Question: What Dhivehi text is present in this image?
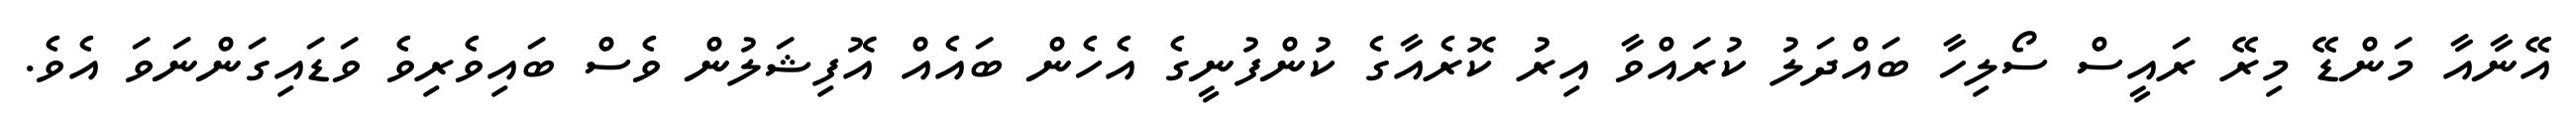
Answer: އޭނާއާ މަންޑޭ މިރޭ ރައީސް ސޯލިހާ ބައްދަލު ކުރައްވާ އިރު ކޮރެއާގެ ކުންފުނީގެ އެހެން ބައެއް އޮފިޝަލުން ވެސް ބައިވެރިވެ ވަޑައިގަންނަވަ އެވެ.